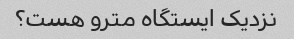
نزدیک ایستگاه مترو هست؟